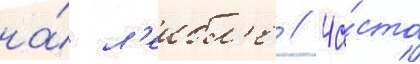
на́ л'еибл'е // Ча́сто